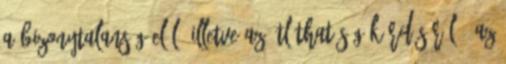
a bizonytalanság elől, illetve az átláthatóság kérdéséről . Az